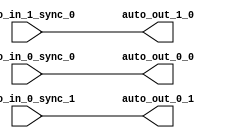
// Copyright (c) 2017, Microsemi Corporation
// All rights reserved.
//
// Redistribution and use in source and binary forms, with or without
// modification, are permitted provided that the following conditions are met:
//     * Redistributions of source code must retain the above copyright
//       notice, this list of conditions and the following disclaimer.
//     * Redistributions in binary form must reproduce the above copyright
//       notice, this list of conditions and the following disclaimer in the
//       documentation and/or other materials provided with the distribution.
//     * Neither the name of the <organization> nor the
//       names of its contributors may be used to endorse or promote products
//       derived from this software without specific prior written permission.
//
// THIS SOFTWARE IS PROVIDED BY THE COPYRIGHT HOLDERS AND CONTRIBUTORS "AS IS" AND
// ANY EXPRESS OR IMPLIED WARRANTIES, INCLUDING, BUT NOT LIMITED TO, THE IMPLIED
// WARRANTIES OF MERCHANTABILITY AND FITNESS FOR A PARTICULAR PURPOSE ARE
// DISCLAIMED. IN NO EVENT SHALL MICROSEMI CORPORATIONM BE LIABLE FOR ANY
// DIRECT, INDIRECT, INCIDENTAL, SPECIAL, EXEMPLARY, OR CONSEQUENTIAL DAMAGES
// (INCLUDING, BUT NOT LIMITED TO, PROCUREMENT OF SUBSTITUTE GOODS OR SERVICES;
// LOSS OF USE, DATA, OR PROFITS; OR BUSINESS INTERRUPTION) HOWEVER CAUSED AND
// ON ANY THEORY OF LIABILITY, WHETHER IN CONTRACT, STRICT LIABILITY, OR TORT
// (INCLUDING NEGLIGENCE OR OTHERWISE) ARISING IN ANY WAY OUT OF THE USE OF THIS
// SOFTWARE, EVEN IF ADVISED OF THE POSSIBILITY OF SUCH DAMAGE.
//
// APACHE LICENSE
// Copyright (c) 2017, Microsemi Corporation 
//
// Licensed under the Apache License, Version 2.0 (the "License");
// you may not use this file except in compliance with the License.
// You may obtain a copy of the License at
//
//    http://www.apache.org/licenses/LICENSE-2.0
//
// Unless required by applicable law or agreed to in writing, software
// distributed under the License is distributed on an "AS IS" BASIS,
// WITHOUT WARRANTIES OR CONDITIONS OF ANY KIND, either express or implied.
// See the License for the specific language governing permissions and
// limitations under the License.
//
// Description:
//
// SVN Revision Information:
// SVN $Revision: $
// SVN $Date: $
//
// Resolved SARs
// SAR      Date     Who   Description
//
// Notes:
//
// ****************************************************************************/
`ifndef RANDOMIZE_REG_INIT 
	 `define RANDOMIZE_REG_INIT 
 `endif
`ifndef RANDOMIZE_MEM_INIT 
	 `define RANDOMIZE_MEM_INIT 
 `endif
`ifndef RANDOMIZE 
	 `define RANDOMIZE 
`endif

`timescale 1ns/10ps
module MiV_Core32_MiV_Core32_0_MIV_RV32IMA_L1_AHB_INT_SYNC_CROSSING_SINK_1( // @[:freechips.rocketchip.system.MivRV32ImaL1AhbConfig.fir@106651.2]
  input   auto_in_1_sync_0, // @[:freechips.rocketchip.system.MivRV32ImaL1AhbConfig.fir@106654.4]
  input   auto_in_0_sync_0, // @[:freechips.rocketchip.system.MivRV32ImaL1AhbConfig.fir@106654.4]
  input   auto_in_0_sync_1, // @[:freechips.rocketchip.system.MivRV32ImaL1AhbConfig.fir@106654.4]
  output  auto_out_1_0, // @[:freechips.rocketchip.system.MivRV32ImaL1AhbConfig.fir@106654.4]
  output  auto_out_0_0, // @[:freechips.rocketchip.system.MivRV32ImaL1AhbConfig.fir@106654.4]
  output  auto_out_0_1 // @[:freechips.rocketchip.system.MivRV32ImaL1AhbConfig.fir@106654.4]
);
  assign auto_out_1_0 = auto_in_1_sync_0;
  assign auto_out_0_0 = auto_in_0_sync_0;
  assign auto_out_0_1 = auto_in_0_sync_1;
endmodule